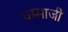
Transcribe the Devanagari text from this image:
धम्माजी